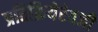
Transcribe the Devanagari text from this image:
प्रतिक्रियेऐवजी